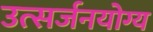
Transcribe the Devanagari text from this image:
उत्सर्जनयोग्य